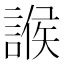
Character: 𧩨